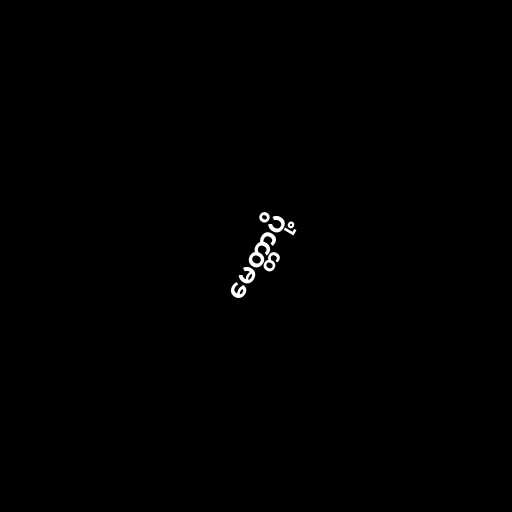
မေတ္တာပို့